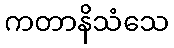
ကတာနိသံသေ